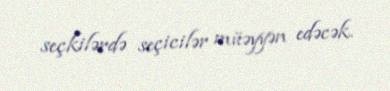
seçkilərdə seçicilər müəyyən edəcək.